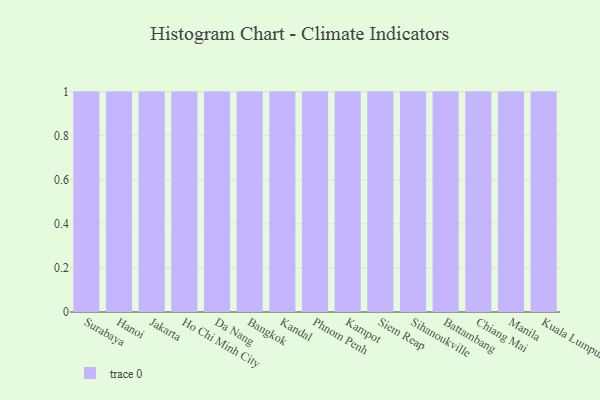
{"axis": {"x": "City", "y": "Conversion Rate (%)"}, "legend": [""], "data": [{"x": "Surabaya", "y": 12, "type": ""}, {"x": "Hanoi", "y": 3, "type": ""}, {"x": "Jakarta", "y": 24, "type": ""}, {"x": "Ho Chi Minh City", "y": 17, "type": ""}, {"x": "Da Nang", "y": 60, "type": ""}, {"x": "Bangkok", "y": 33, "type": ""}, {"x": "Kandal", "y": 21, "type": ""}, {"x": "Phnom Penh", "y": 33, "type": ""}, {"x": "Kampot", "y": 60, "type": ""}, {"x": "Siem Reap", "y": 25, "type": ""}, {"x": "Sihanoukville", "y": 19, "type": ""}, {"x": "Battambang", "y": 61, "type": ""}, {"x": "Chiang Mai", "y": 55, "type": ""}, {"x": "Manila", "y": 65, "type": ""}, {"x": "Kuala Lumpur", "y": 63, "type": ""}]}